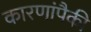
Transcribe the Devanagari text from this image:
कारणांपैकी